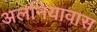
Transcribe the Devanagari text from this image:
अलनियावास